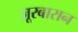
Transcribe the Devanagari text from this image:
जूरबारान